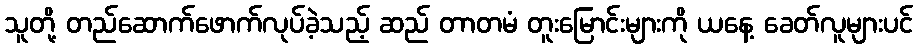
သူတို့ တည်ဆောက်ဖောက်လုပ်ခဲ့သည့် ဆည် တာတမံ တူးမြောင်းများကို ယနေ့ ခေတ်လူများပင်